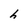
Character: h